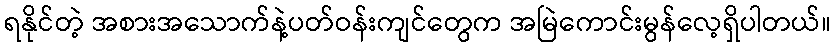
ရနိုင်တဲ့ အစားအသောက်နဲ့ပတ်ဝန်းကျင်တွေက အမြဲကောင်းမွန်လေ့ရှိပါတယ်။